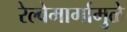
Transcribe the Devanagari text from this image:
रेल्वेमार्गामुळे